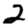
Digit: 2